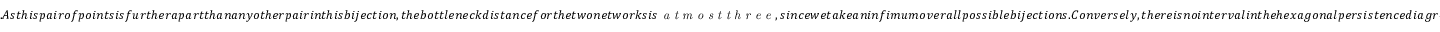
. A s t h i s p a i r o f p o i n t s i s f u r t h e r a p a r t t h a n a n y o t h e r p a i r i n t h i s b i j e c t i o n , t h e b o t t l e n e c k d i s t a n c e f o r t h e t w o n e t w o r k s i s \emph { a t m o s t t h r e e } , s i n c e w e t a k e a n i n f i m u m o v e r a l l p o s s i b l e b i j e c t i o n s . C o n v e r s e l y , t h e r e i s n o i n t e r v a l i n t h e h e x a g o n a l p e r s i s t e n c e d i a g r a m t h a t i s c l o s e r t o